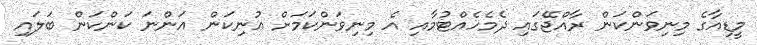
މީޑިއާގެ މިނިވަންކަން ރާއްޖޭގައި ދެމެހެއްޓުމާއި އެ މިނިވަންކަމަށް އުނިކަން އަންނަ ކަންކަން ބަލައި